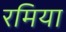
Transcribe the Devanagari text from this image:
रमिया